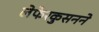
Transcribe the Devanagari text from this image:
लेफेरकुसनने